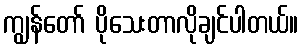
ကျွန်တော် ပိုသေးတာလိုချင်ပါတယ်။